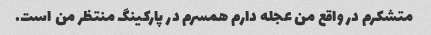
متشکرم در واقع من عجله دارم همسرم در پارکینگ منتظر من است.